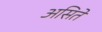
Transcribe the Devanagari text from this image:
असितें